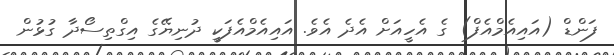
ފަންޑް (އައިއެމްއެފް) ގެ އެހީއަށް އެދެ އެވެ. އައިއެމްއެފަކީ ދުނިޔޭގެ އިގްތިސޯދާ ގުޅުން